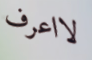
لااعرف